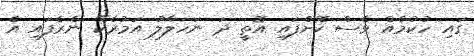
ގައި ހުކުމެއް ވެސް ކޮށްފައި އޮތީ ދަ ނަހަލާލު އަމުރެކޭ ނެރެފައި އެ